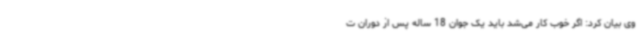
وی بیان کرد: اگر خوب کار می‌شد باید یک جوان 18 ساله پس از دوران ت